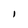
Character: l